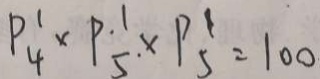
P _ { 4 } ^ { 1 } \times P _ { 5 } ^ { 1 } \times P _ { 5 } ^ { 1 } = 1 0 0